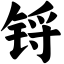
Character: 锊